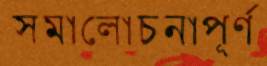
সমালোচনাপূর্ণ